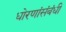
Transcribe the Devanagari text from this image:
धोरणांसंबंधी